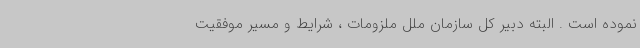
نموده است . البته دبیر کل سازمان ملل ملزومات ، شرایط و مسیر موفقیت